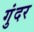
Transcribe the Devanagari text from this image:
गुंदर